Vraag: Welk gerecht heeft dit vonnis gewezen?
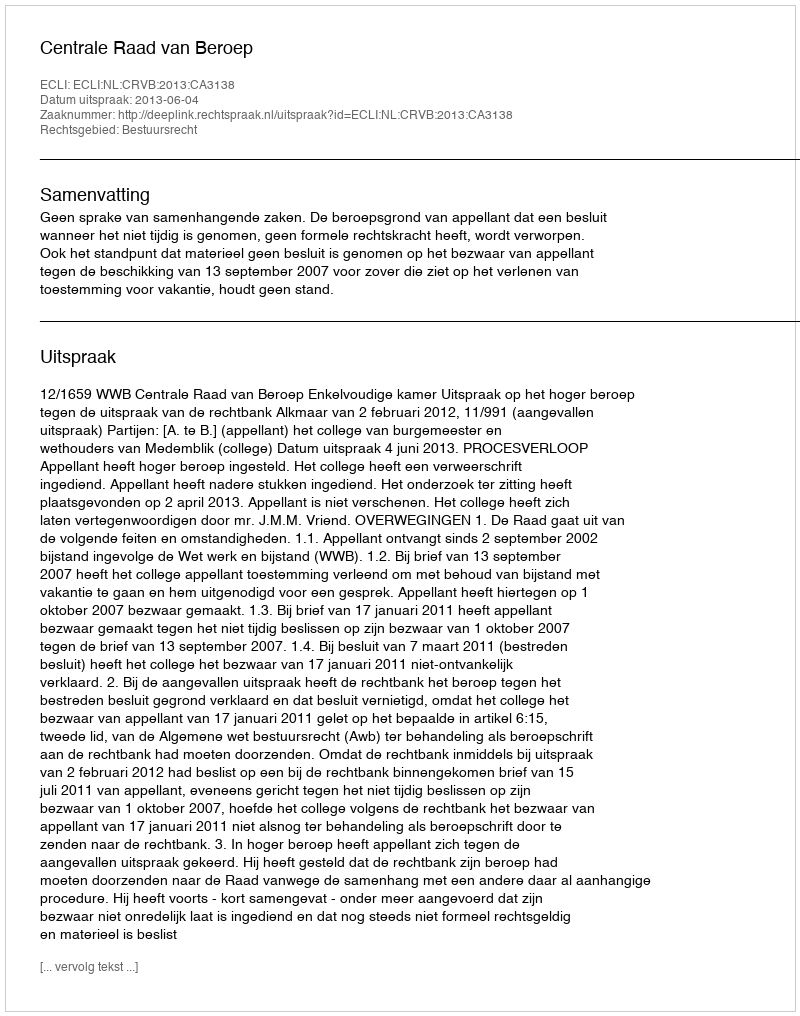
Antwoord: Centrale Raad van Beroep